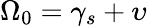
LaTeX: \Omega_{0}=\gamma_{s}+\upsilon